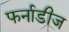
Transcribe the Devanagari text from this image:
फर्नाडीज